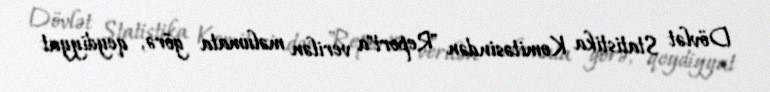
Dövlət Statistika Komitəsindən "Report"a verilən məlumata görə, qeydiyyat